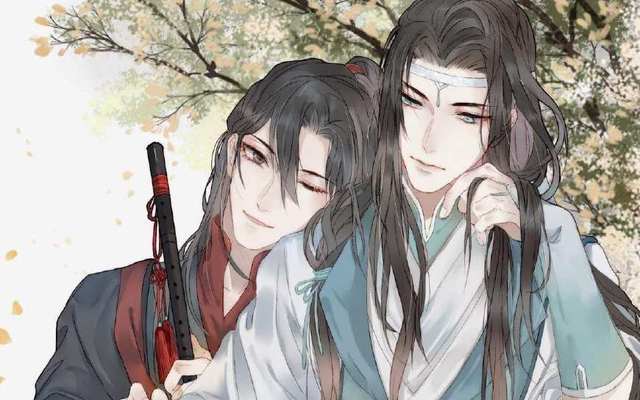
声乐之入人也深，其化人也速。